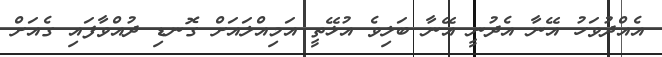
އެއްދުވަހު އޭނާ އެދުނީ އޭނާ ބަލިވެ އުޅޭތީ އަމިއްލައަށް ގޮނޑި ދުއްވާފައި ގެއަށް